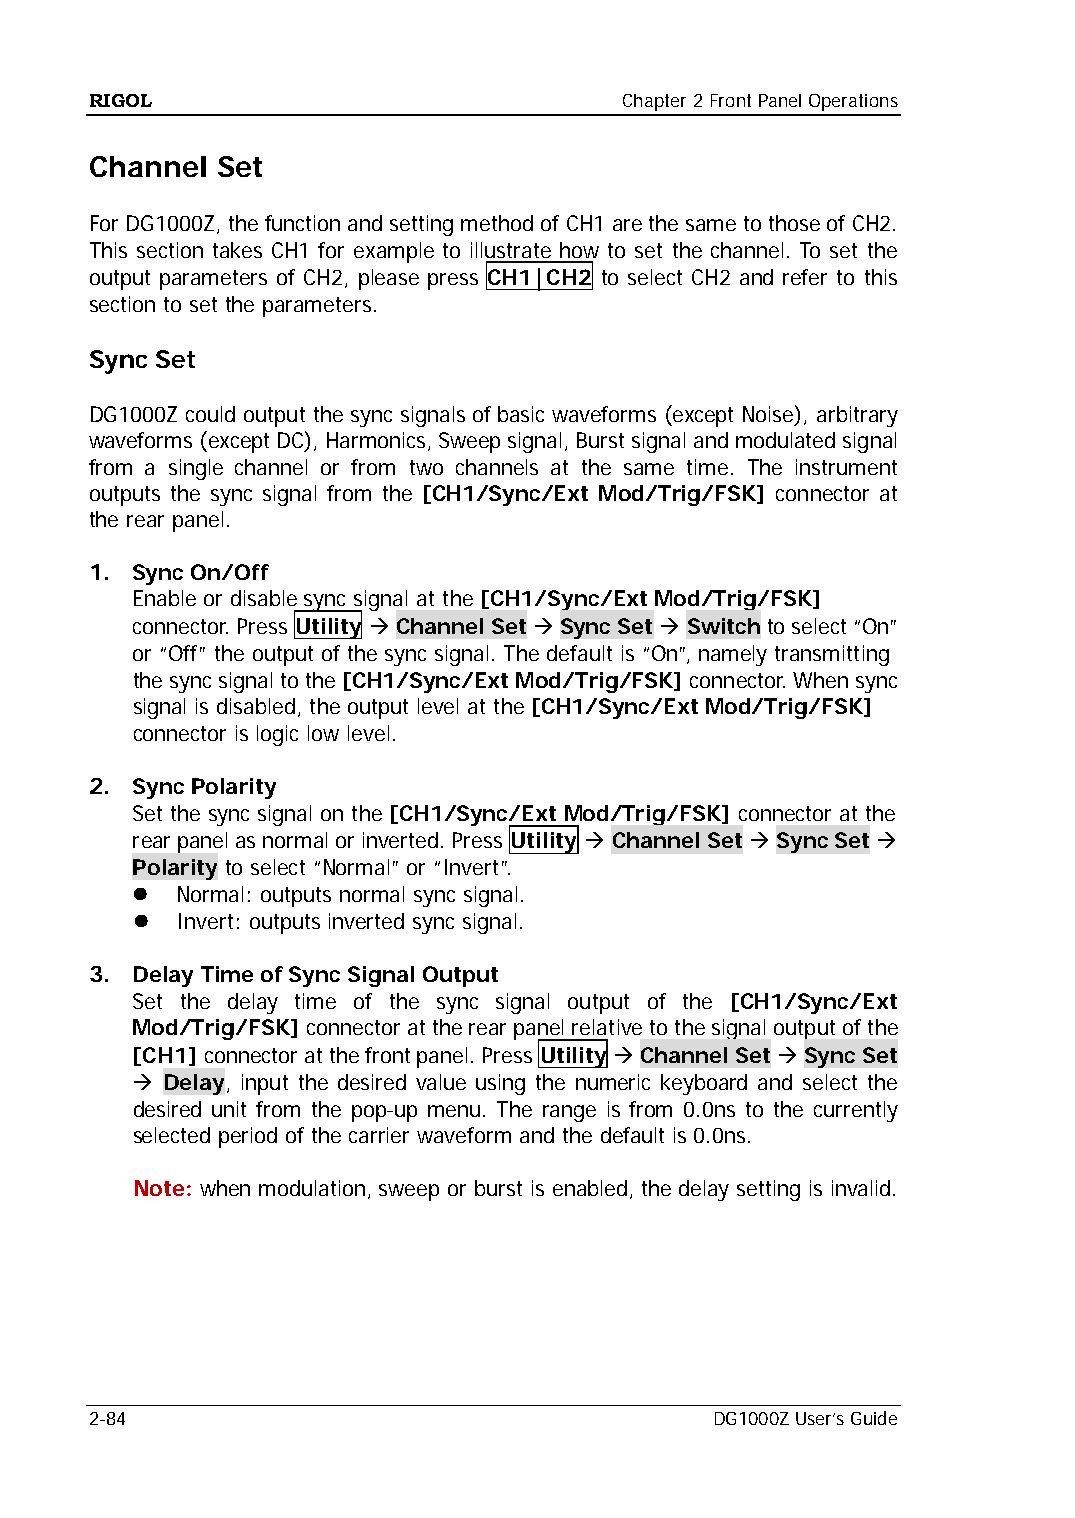
RIGOL                              Chapter 2 Front Panel Operations
 Channel Set
 For DG1000Z, the function and setting method of CH1 are the same to those of CH2.
 This section takes CH1 for example to illustrate how to set the channel. To set the
 output parameters of CH2, please press CH1|CH2 to select CH2 and refer to this
 section to set the parameters.
 Sync Set
 DG1000Z could output the sync signals of basic waveforms (except Noise), arbitrary
 waveforms (except DC), Harmonics, Sweep signal, Burst signal and modulated signal
 from a single channel or from two channels at the same time. The instrument
 outputs the sync signal from the [CH1/Sync/Ext Mod/Trig/FSK] connector at
 the rear panel.
 1. Sync On/Off
 Enable or disable sync signal at the [CH1/Sync/Ext Mod/Trig/FSK]
 connector. Press Utility  Channel Set  Sync Set  Switch to select “On”
 or “Off” the output of the sync signal. The default is “On”, namely transmitting
 the sync signal to the [CH1/Sync/Ext Mod/Trig/FSK] connector. When sync
 signal is disabled, the output level at the [CH1/Sync/Ext Mod/Trig/FSK]
 connector is logic low level.
 2. Sync Polarity
 Set the sync signal on the [CH1/Sync/Ext Mod/Trig/FSK] connector at the
 rear panel as normal or inverted. Press Utility  Channel Set  Sync Set 
 Polarity to select “Normal” or “Invert”.
   Normal: outputs normal sync signal.
   Invert: outputs inverted sync signal.
 3. Delay Time of Sync Signal Output
 Set the delay time of the sync signal output of the [CH1/Sync/Ext
 Mod/Trig/FSK] connector at the rear panel relative to the signal output of the
 [CH1] connector at the front panel. Press Utility  Channel Set  Sync Set
  Delay, input the desired value using the numeric keyboard and select the
 desired unit from the pop-up menu. The range is from 0.0ns to the currently
 selected period of the carrier waveform and the default is 0.0ns.
 Note: when modulation, sweep or burst is enabled, the delay setting is invalid.
 2-84                                     DG1000Z User’s Guide